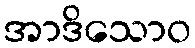
အာဒိသောဝ